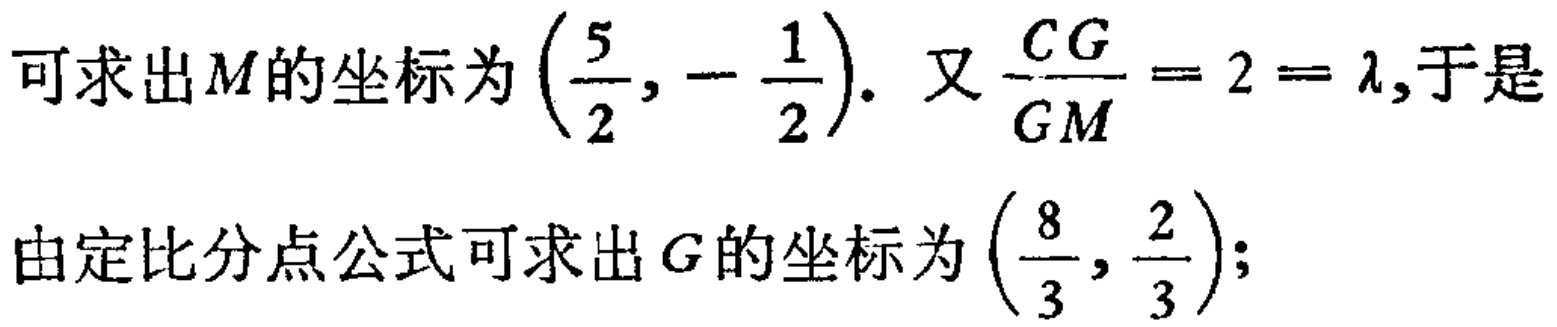
可求出\(M\)的坐标为\(\left(\frac{5}{2},-\frac{1}{2}\right)\). 又\(\frac{CG}{GM}=2 = \lambda\),于是
由定比分点公式可求出\(G\)的坐标为\(\left(\frac{8}{3},\frac{2}{3}\right)\);